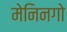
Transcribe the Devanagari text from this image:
मेनिनगो